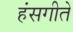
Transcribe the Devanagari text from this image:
हंसगीते